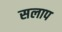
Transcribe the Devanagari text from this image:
सलाप